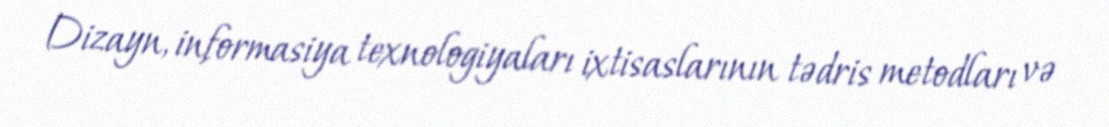
Dizayn, informasiya texnologiyaları ixtisaslarının tədris metodları və